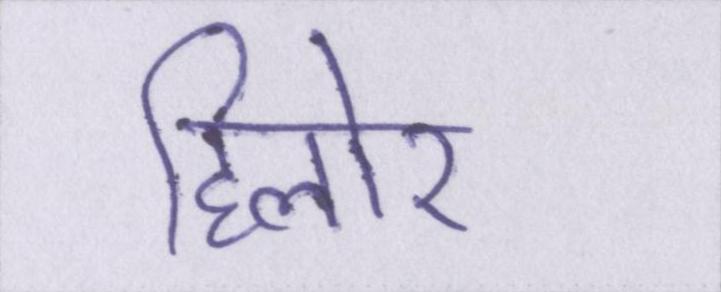
हिलोर